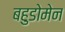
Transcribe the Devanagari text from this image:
बहुडोमेन